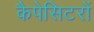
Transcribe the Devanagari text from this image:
कैपेसिटरों